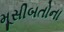
મૂસીબતોના